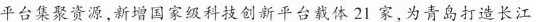
平台集聚资源，新增国家级科技创新平台载体21家，为青岛打造长江